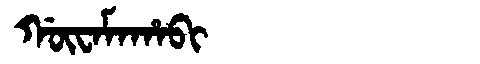
Manchu: ᡤᡡᠸᠠᠮᠠᡥᠠᠪᡳ
Romanization: GŪWAMAHABI